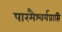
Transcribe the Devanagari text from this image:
पारमैश्वर्यप्राप्ति